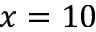
x = 1 0